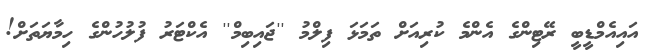
އައިއެމްޑީބީ ރޭޓިންގެ އެންމެ ކުރިއަށް ތަމަޅަ ފިލްމު ''ޖައިބިމް'' އެކްޓަރު ފުލުހުންގެ ހިމާޔަތަށް!